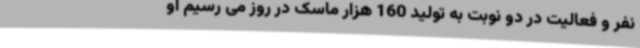
نفر و فعالیت در دو نوبت به تولید 160 هزار ماسک در روز می رسیم او